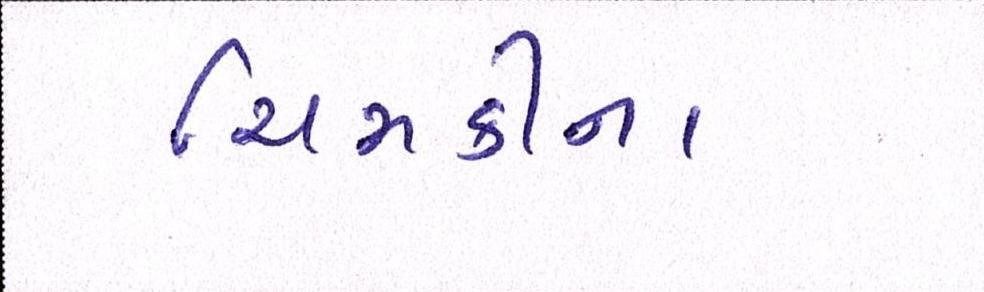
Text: ચિમકીના